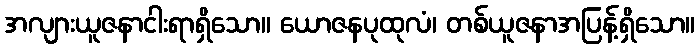
အလျားယူဇနာငါးရာရှိသော။ ယောဇနပုထုလံ၊ တစ်ယူဇနာအပြန့်ရှိသော။